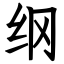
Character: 纲